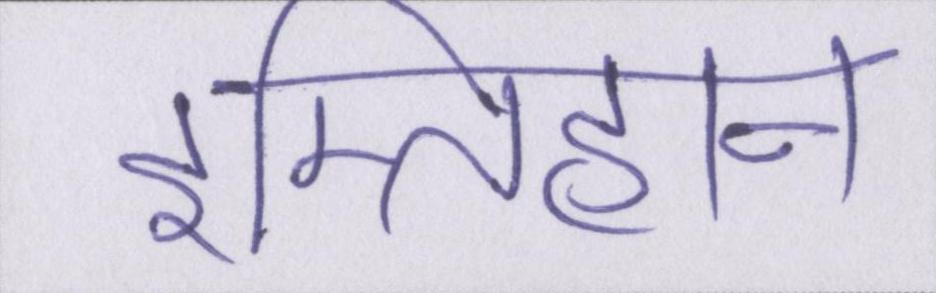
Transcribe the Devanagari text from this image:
इम्तिहान